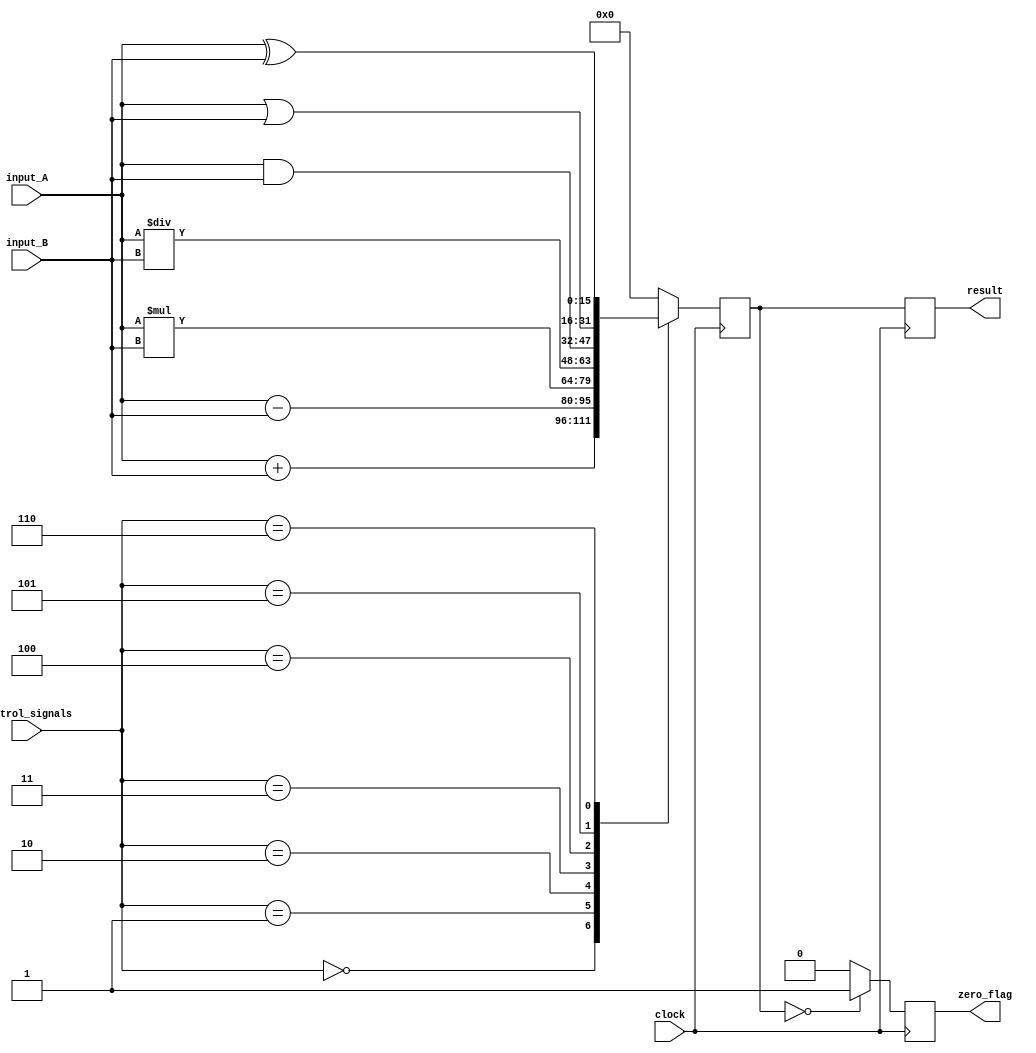
module ALU_16bit (
    input wire [15:0] input_A,
    input wire [15:0] input_B,
    input wire [2:0] control_signals,
    input wire clock,
    output reg [15:0] result,
    output reg zero_flag
);

reg [15:0] temp_result;

always @(posedge clock) begin
    case (control_signals)
        3'b000: temp_result <= input_A + input_B; // Addition
        3'b001: temp_result <= input_A - input_B; // Subtraction
        3'b010: temp_result <= input_A * input_B; // Multiplication
        3'b011: temp_result <= input_A / input_B; // Division
        3'b100: temp_result <= input_A & input_B; // Bitwise AND
        3'b101: temp_result <= input_A | input_B; // Bitwise OR
        3'b110: temp_result <= input_A ^ input_B; // Bitwise XOR
        default: temp_result <= 16'd0; // Default to zero
    endcase
end

always @(posedge clock) begin
    result <= temp_result;
    zero_flag <= (temp_result == 16'd0) ? 1'b1 : 1'b0;
end

endmodule